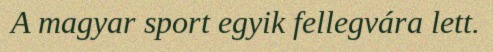
A magyar sport egyik fellegvára lett.